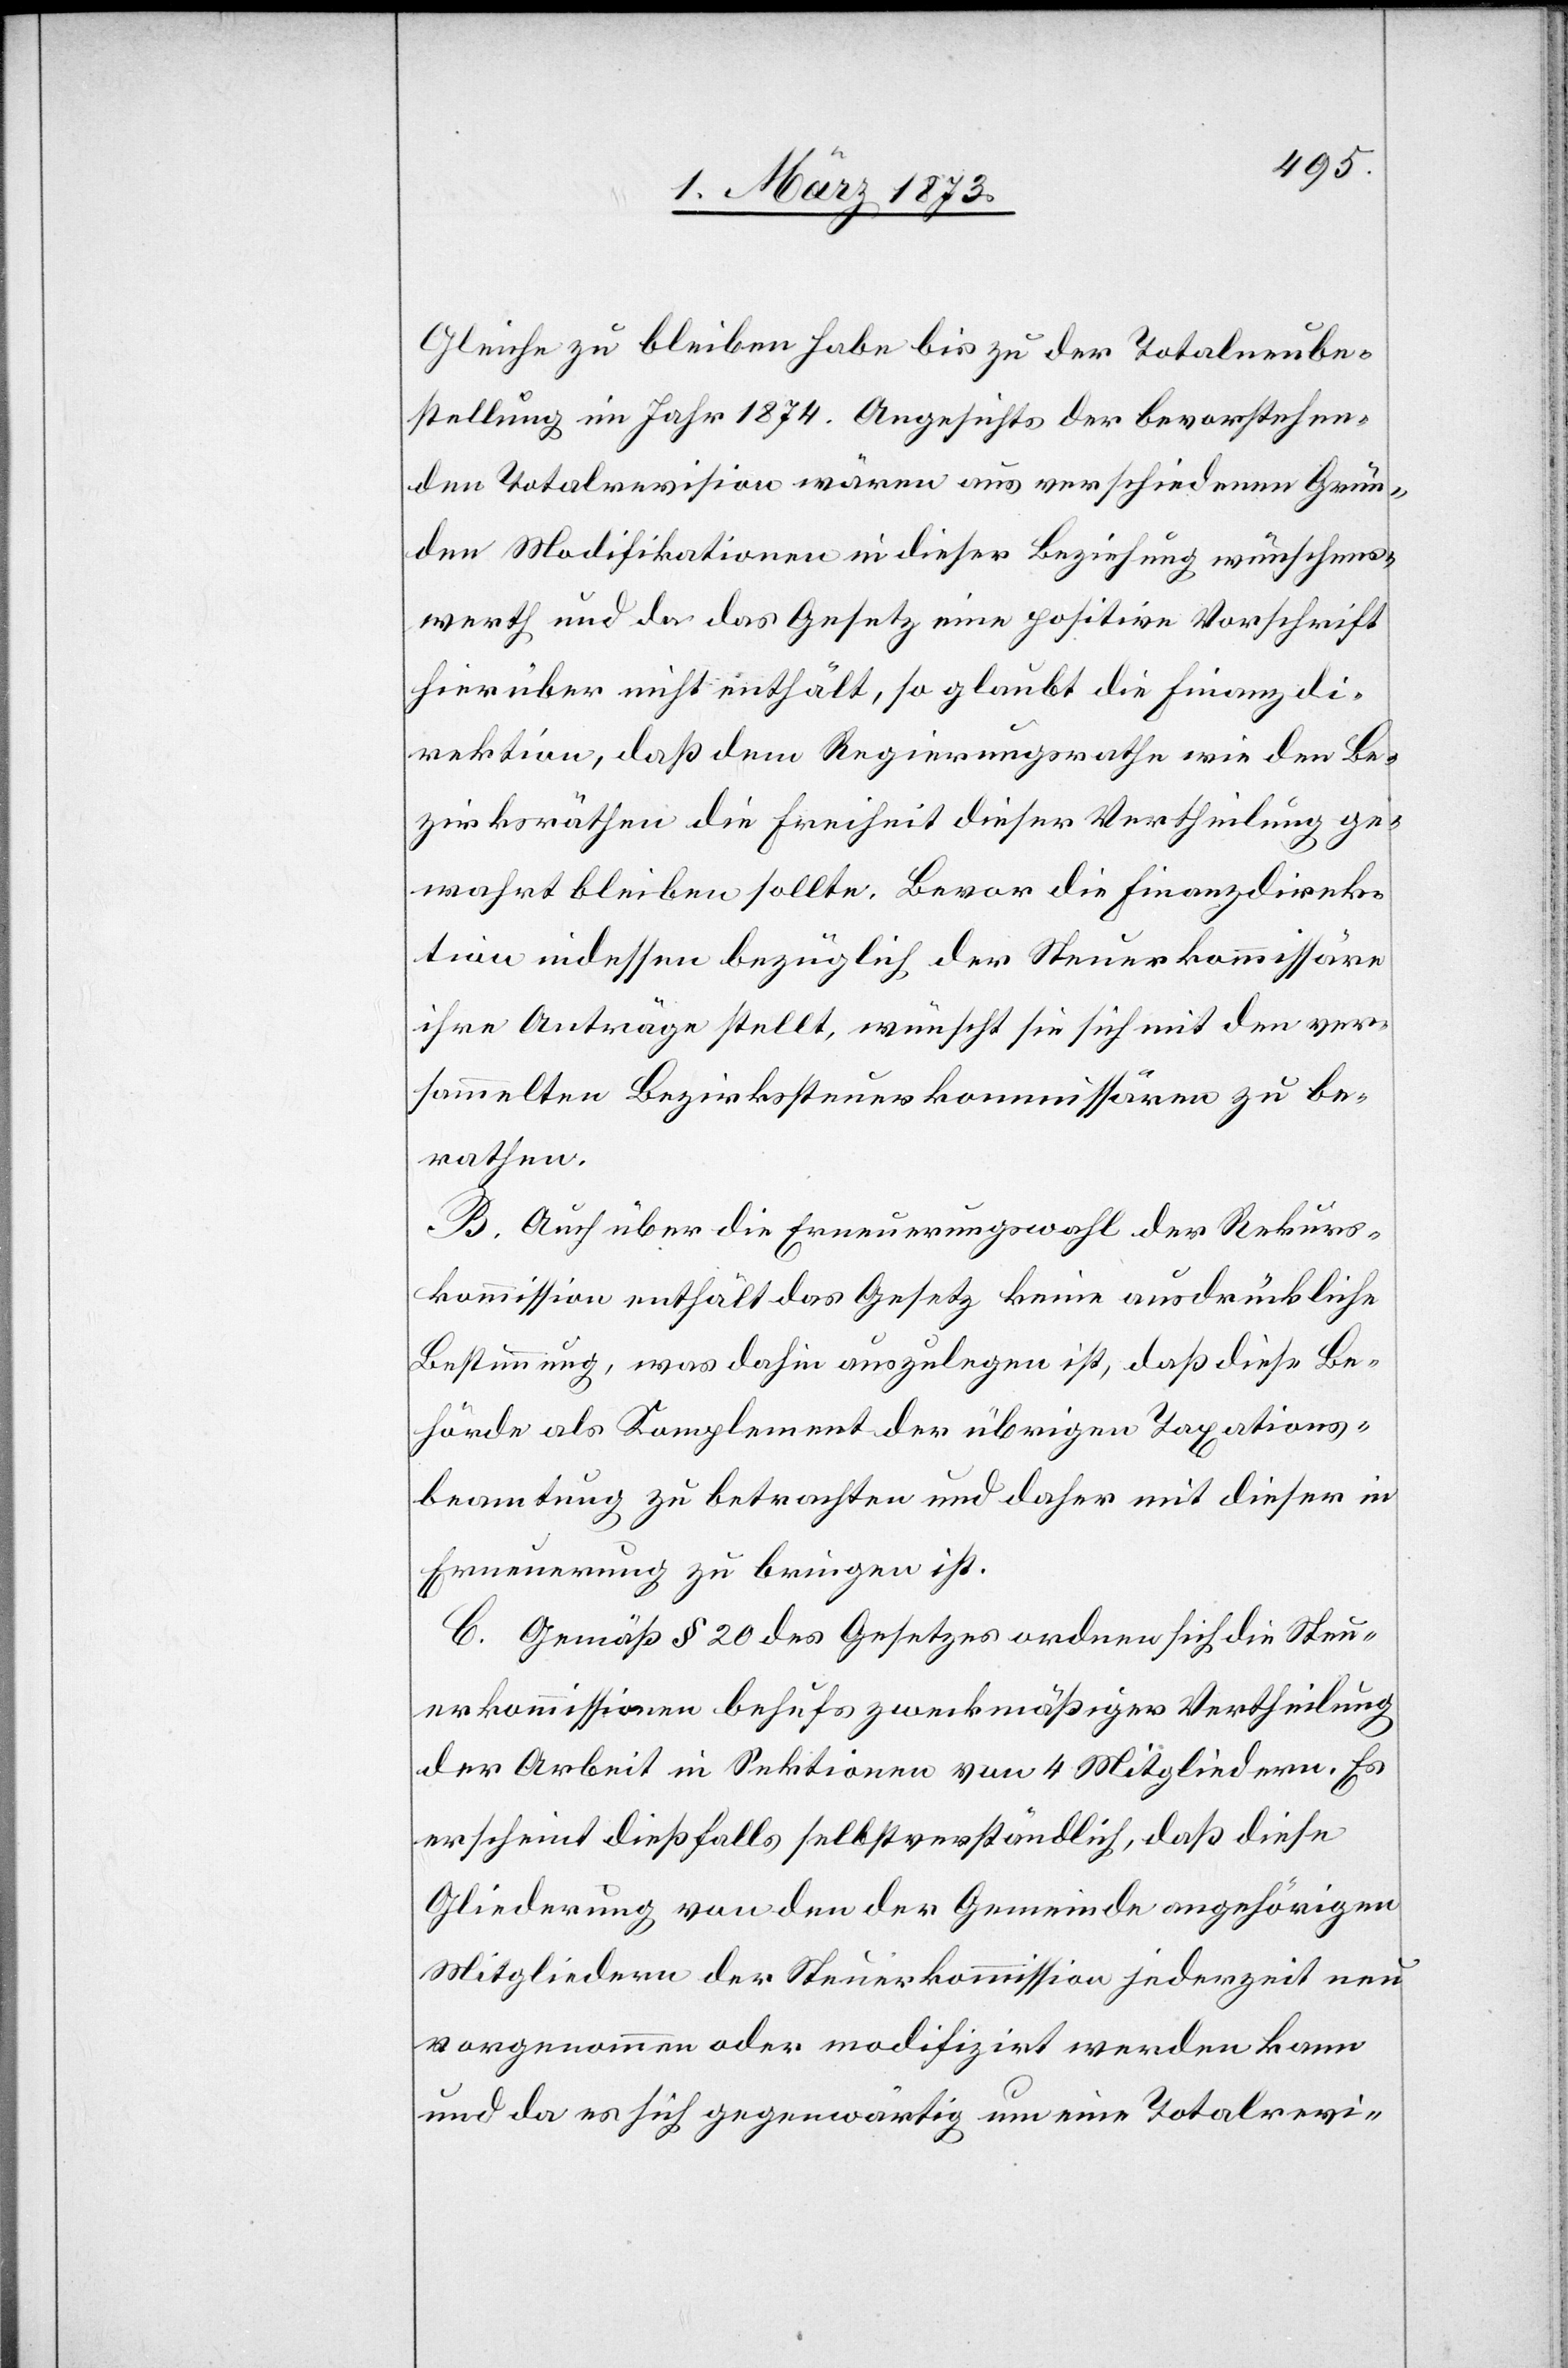
Gleiche zu bleiben habe bis zu der Totalneube¬
stellung im Jahr 1874. Angesichts der bevorstehen¬
den Totalrevision wären aus verschiedenen Grün¬
den Modifikationen in dieser Beziehung wünschens¬
werth und da das Gesetz eine positive Vorschrift
hierüber nicht enthält, so glaubt die Finanzdi¬
rektion, daß dem Regierungsrathe wie den Be¬
zirksräthen die Freiheit dieser Vertheilung ge¬
wahrt bleiben sollte. Bevor die Finanzdirek¬
tion indessen bezüglich der Steuerkommissäre
ihre Anträge stellt, wünscht sie sich mit den ver¬
sammelten Bezirkssteuerkommissären zu be¬
rathen.
B. Auch über die Erneuerungswahl der Rekurs¬
kommission enthält das Gesetz keine ausdrückliche
Bestimmung, was dahin auszulegen ist, daß diese Be¬
hörde als Komplement der übrigen Taxations¬
beamtung zu betrachten und daher mit dieser in
Erneuerung zu bringen ist.
C. Gemäß § 20 des Gesetzes ordnen sich die Steu¬
erkommissare behufs weckmäßiger Vertheilung
der Arbeit in Sektionen von 4 Mitgliedern. Es
erscheint dießfalls selbstverständlich, daß diese
Gliederung von den der Gemeinde angehörigen
Mitgliedern der Steuerkommission jederzeit neu
vorgenommen oder modifizirt werden kann
und da es sich gegenwärtig um eine Totalrevi-